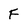
Character: F